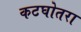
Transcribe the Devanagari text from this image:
कटघोतरा